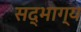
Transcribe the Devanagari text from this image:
सद्भाग्य